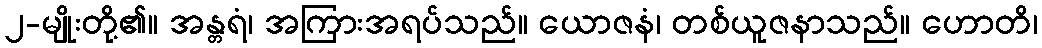
၂-မျိုးတို့၏။ အန္တရံ၊ အကြားအရပ်သည်။ ယောဇနံ၊ တစ်ယူဇနာသည်။ ဟောတိ၊